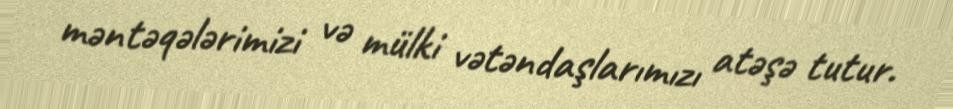
məntəqələrimizi və mülki vətəndaşlarımızı atəşə tutur.